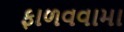
ફાળવવામા